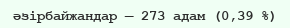
әзірбайжандар — 273 адам (0,39 %)